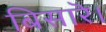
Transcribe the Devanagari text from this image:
बिसारॆ।